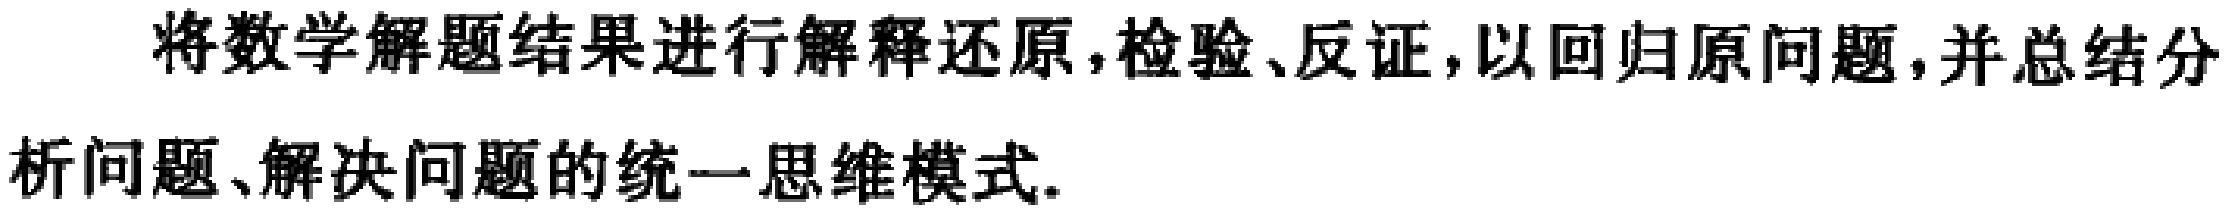
将数学解题结果进行解释还原,检验、反证,以回归原问题,并总结分析问题、解决问题的统一思维模式.